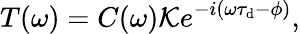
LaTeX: T(\omega)=C(\omega)\mathcal{K}e^{-i\left(\omega\tau_{\mathrm{d}}-\phi\right)},